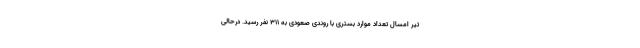
تیر امسال تعداد موارد بستری با روندی صعودی به ۳۱۱ نفر رسید. درحالی